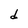
Character: d